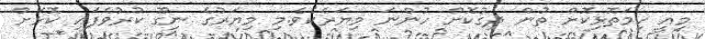
މިއީ ހިމަތޮޅިކޮށް ތުން ދިގުކޮށް ހުންނަ މިޔަރެކެވެ.މި މިޔަރުގެ ނިގޫ ކުރުވެފައި ކޮޅަށް